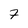
Character: 7